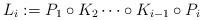
LaTeX: \begin{align*}L_i:=P_1 \circ K_2 \cdots\circ K_{i-1}\circ P_i\end{align*}